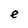
Character: e